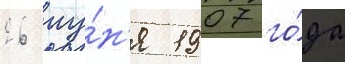
26 иу́н'я 1907 го́да